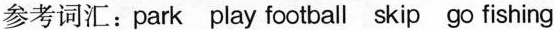
参考词汇：park play football skip go fishing